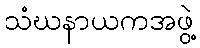
သံဃနာယကအဖွဲ့